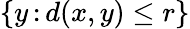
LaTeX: \{ y\, \colon d(x,y)\leq r\}